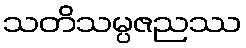
သတိသမ္ပဇညဿ